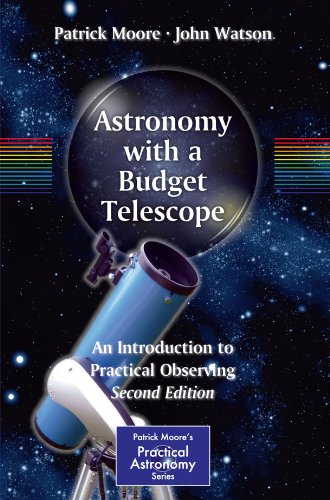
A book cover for Astronomy with a Budget Telescope: An Introduction to Practical Observing (The Patrick Moore Practical Astronomy Series); Patrick Moore; Science & Math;